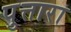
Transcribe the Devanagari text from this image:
पुत्तारा